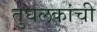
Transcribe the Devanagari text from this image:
तुघलकांची